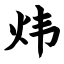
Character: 炜